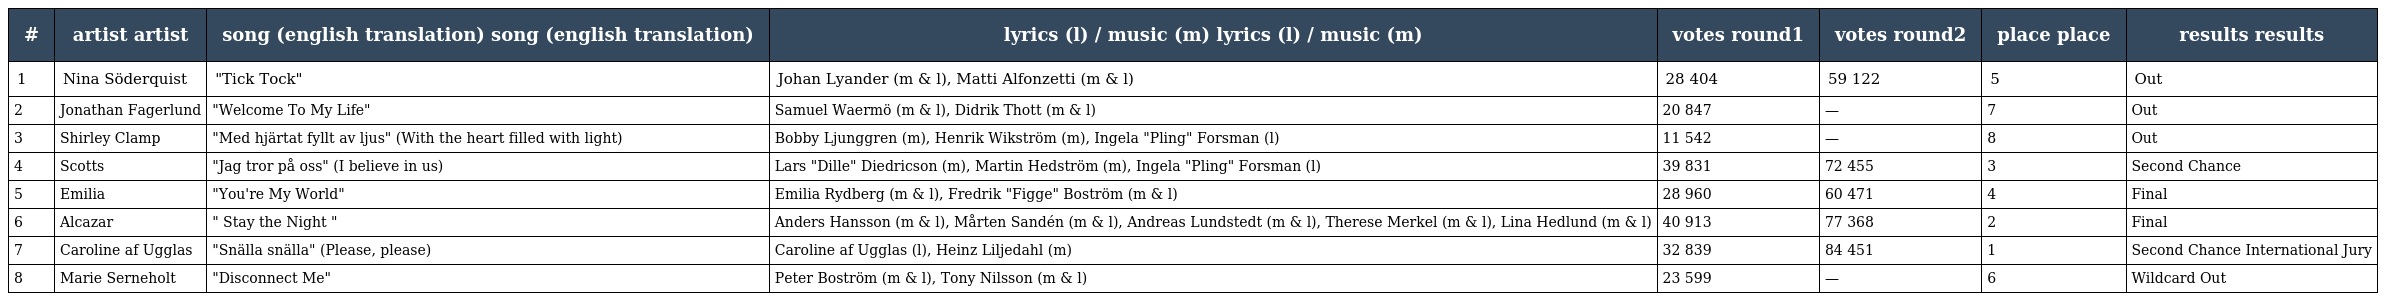
| # | artist artist | song (english translation) song (english translation) | lyrics (l) / music (m) lyrics (l) / music (m) | votes round1 | votes round2 | place place | results results |
 | --- | --- | --- | --- | --- | --- | --- | --- |
 | 1 | Nina Söderquist | "Tick Tock" | Johan Lyander (m & l), Matti Alfonzetti (m & l) | 28 404 | 59 122 | 5 | Out |
 | 2 | Jonathan Fagerlund | "Welcome To My Life" | Samuel Waermö (m & l), Didrik Thott (m & l) | 20 847 | — | 7 | Out |
 | 3 | Shirley Clamp | "Med hjärtat fyllt av ljus" (With the heart filled with light) | Bobby Ljunggren (m), Henrik Wikström (m), Ingela "Pling" Forsman (l) | 11 542 | — | 8 | Out |
 | 4 | Scotts | "Jag tror på oss" (I believe in us) | Lars "Dille" Diedricson (m), Martin Hedström (m), Ingela "Pling" Forsman (l) | 39 831 | 72 455 | 3 | Second Chance |
 | 5 | Emilia | "You're My World" | Emilia Rydberg (m & l), Fredrik "Figge" Boström (m & l) | 28 960 | 60 471 | 4 | Final |
 | 6 | Alcazar | " Stay the Night " | Anders Hansson (m & l), Mårten Sandén (m & l), Andreas Lundstedt (m & l), Therese Merkel (m & l), Lina Hedlund (m & l) | 40 913 | 77 368 | 2 | Final |
 | 7 | Caroline af Ugglas | "Snälla snälla" (Please, please) | Caroline af Ugglas (l), Heinz Liljedahl (m) | 32 839 | 84 451 | 1 | Second Chance International Jury |
 | 8 | Marie Serneholt | "Disconnect Me" | Peter Boström (m & l), Tony Nilsson (m & l) | 23 599 | — | 6 | Wildcard Out |